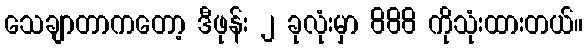
သေချာတာကတော့ ဒီဖုန်း ၂ ခုလုံးမှာ 888 ကိုသုံးထားတယ်။